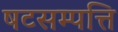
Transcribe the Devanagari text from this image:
षटसम्पत्ति